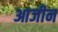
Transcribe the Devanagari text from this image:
आजीन